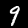
Label: 9